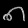
Digit: ၈